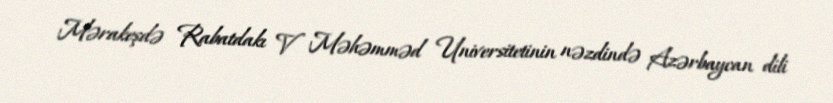
Mərakeşdə Rabatdakı V Məhəmməd Universitetinin nəzdində Azərbaycan dili